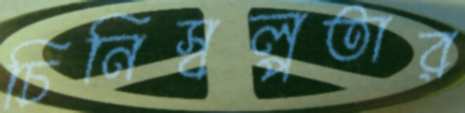
চিনিস্বল্পতার